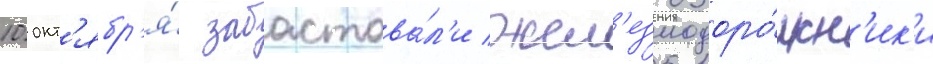
10 окт'ябр'я́ забастова́л'и жел'езнодоро́жн'ик'и